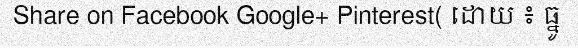
Share on Facebook Google+ Pinterest( ដោយ ៖ ធ្នូ